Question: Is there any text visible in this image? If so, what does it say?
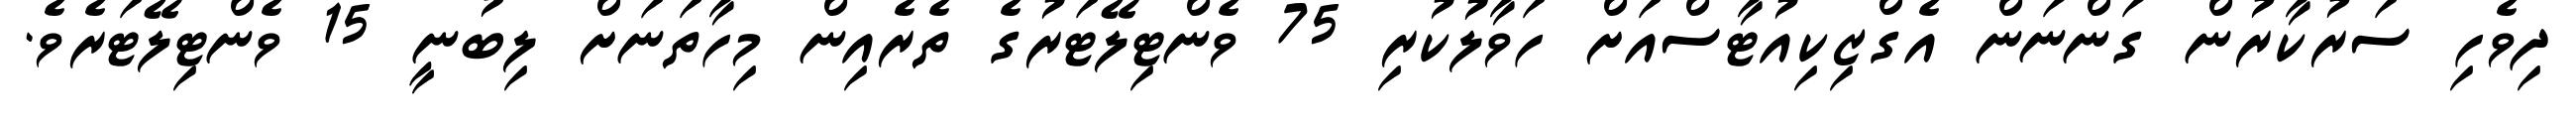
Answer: ދިވެހި ސަރުކާރުން ގަންނަން އެގްޒިކިއުޓާސްއަށް ހަވާލުކުރި 75 ވެންޓިލޭޓަރުގެ ތެރެއިން މިހާތަނަށް ލިބުނީ 15 ވެންޓިލޭޓަރެވެ.